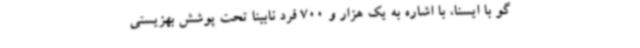
گو با ایسنا، با اشاره به یک هزار و 700 فرد نابینا تحت پوشش بهزیستی